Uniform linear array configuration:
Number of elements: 4
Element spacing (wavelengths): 0.25
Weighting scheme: blackman
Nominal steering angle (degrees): -15
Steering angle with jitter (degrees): -16.85
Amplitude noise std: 0.05
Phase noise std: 0.05

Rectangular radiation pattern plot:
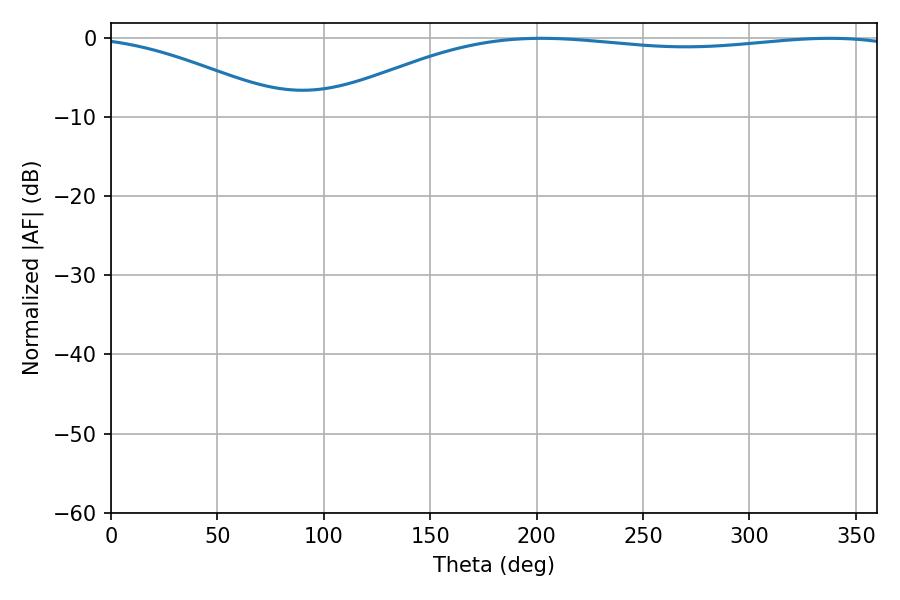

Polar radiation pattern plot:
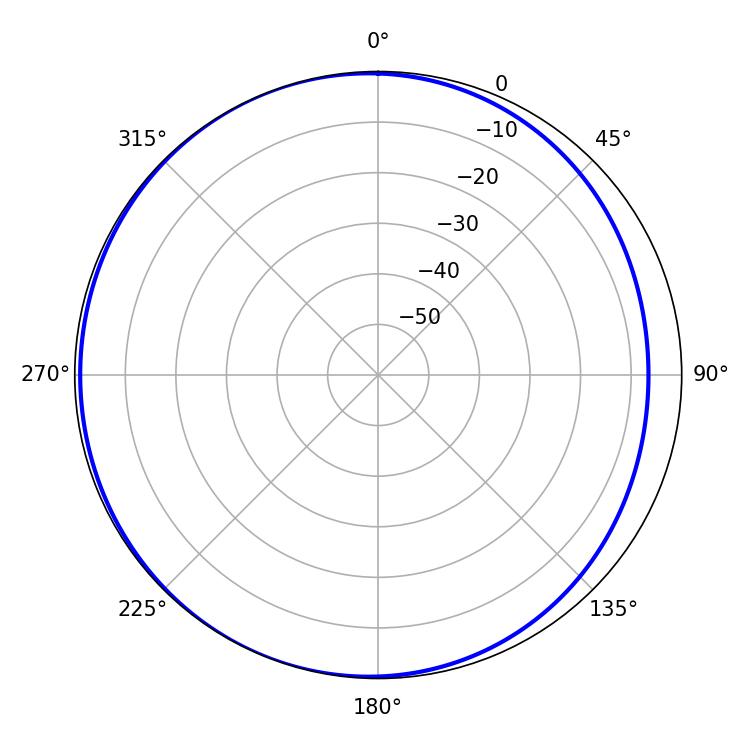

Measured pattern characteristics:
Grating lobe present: FALSE
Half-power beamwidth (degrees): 218.34
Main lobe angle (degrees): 202.32